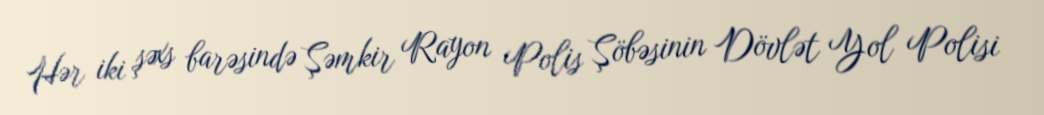
Hər iki şəxs barəsində Şəmkir Rayon Polis Şöbəsinin Dövlət Yol Polisi